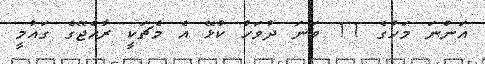
އަންނަ މަހުގެ 11 ވަނަ ދުވަހު ކުޅޭ އެ މެޗަކީ ރާއްޖޭގެ ގައުމީ